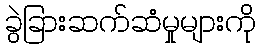
ခွဲခြားဆက်ဆံမှုများကို